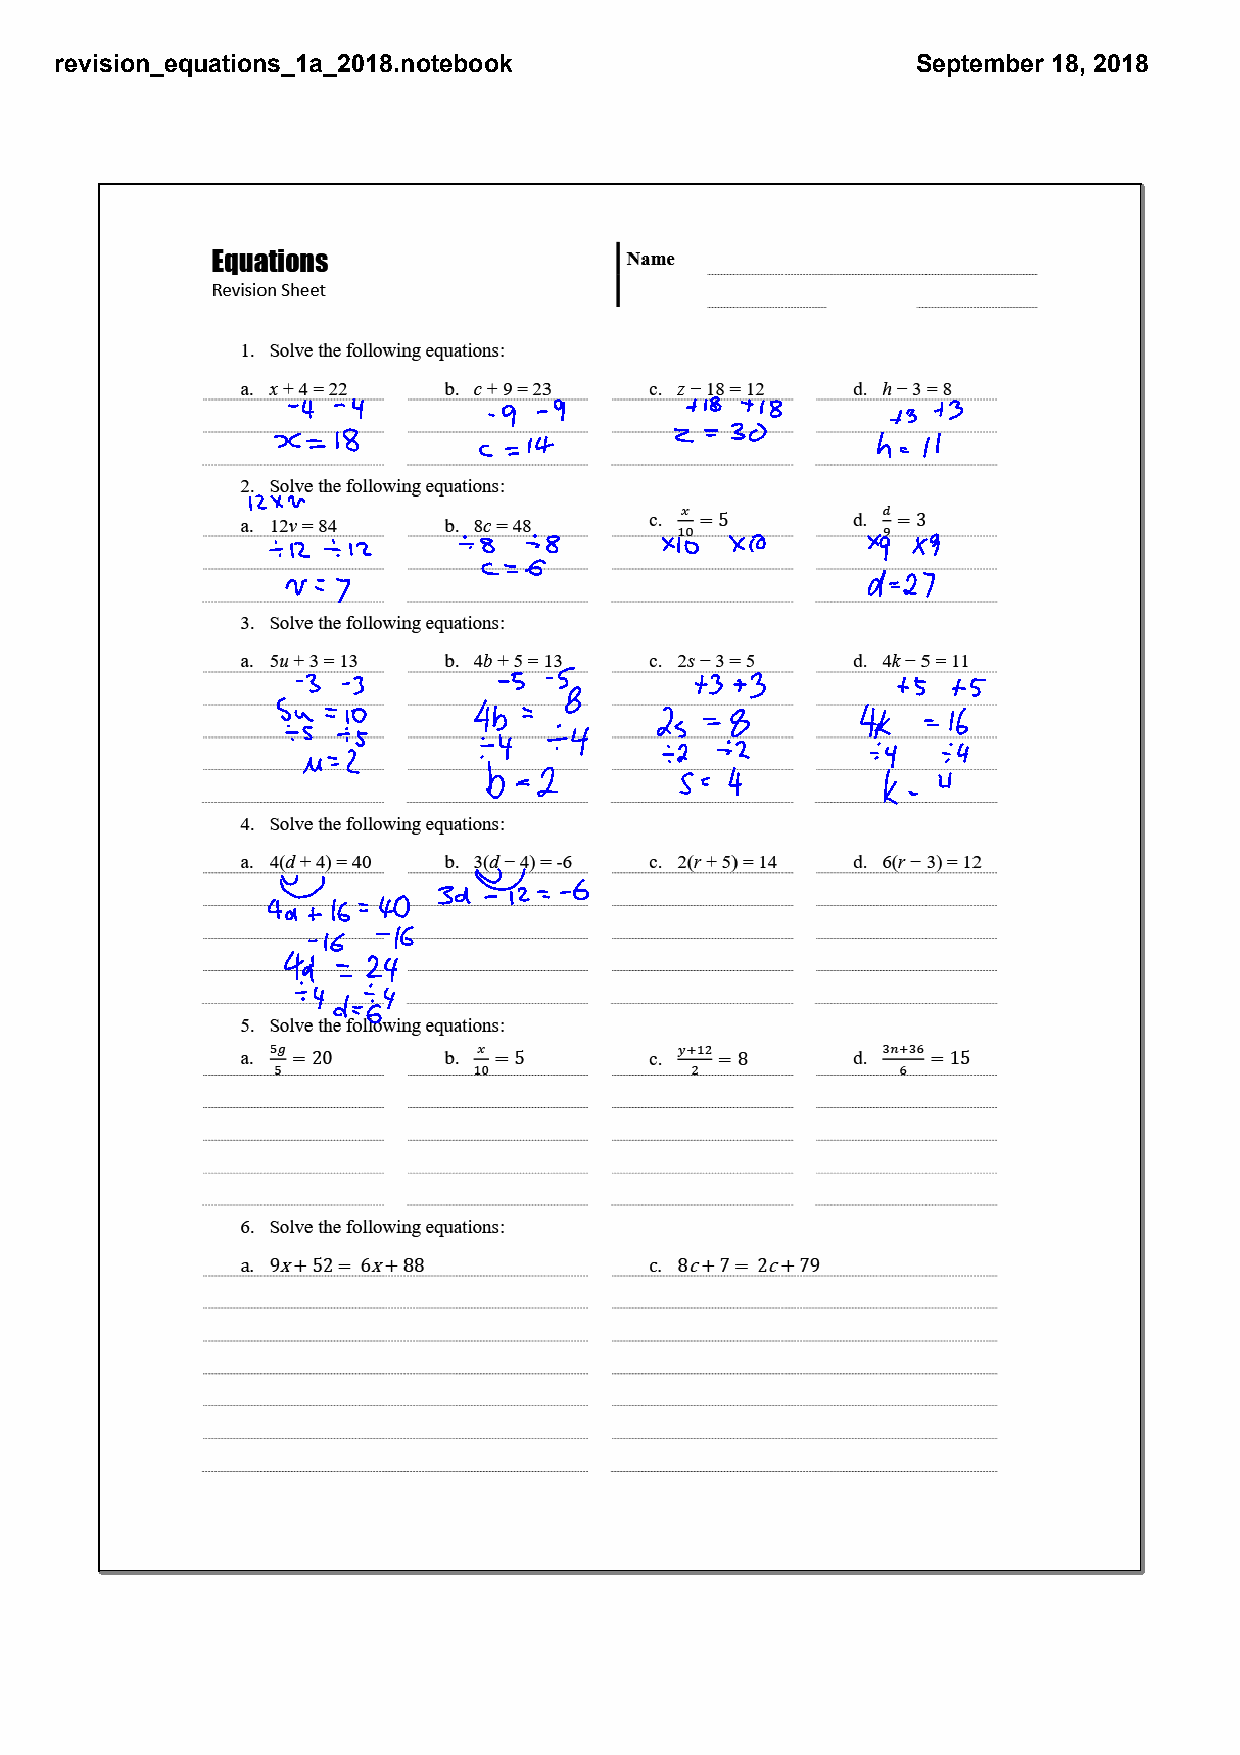
revision_equations_1a_2018.notebook                      September 18, 2018